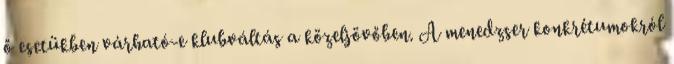
ő esetükben várható-e klubváltás a közeljövőben. A menedzser konkrétumokról